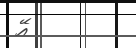
އޭ